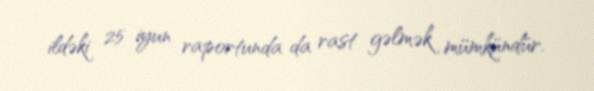
ildəki 25 iyun raportunda da rast gəlmək mümkündür.